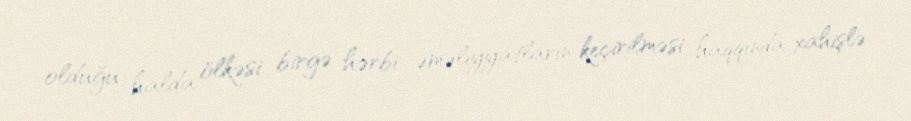
olduğu halda ölkəsi birgə hərbi əməliyyatların keçirilməsi haqqında xahişlə